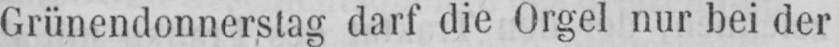
Grünendonnerstag darf die Orgel nur bei der